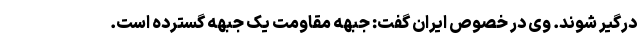
درگیر شوند. وی در خصوص ایران گفت: جبهه مقاومت یک جبهه گسترده است.